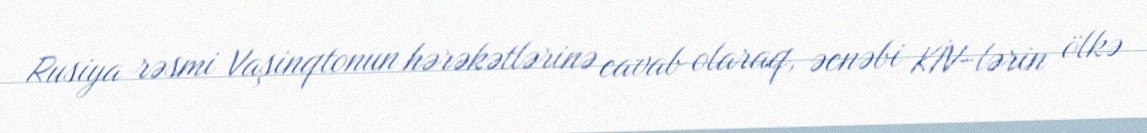
Rusiya rəsmi Vaşinqtonun hərəkətlərinə cavab olaraq, əcnəbi KİV-lərin ölkə